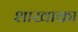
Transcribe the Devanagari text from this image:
शाखाका